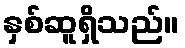
နှစ်ဆူရှိသည်။